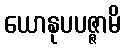
ယောနုပပဇ္ဇာမိ